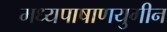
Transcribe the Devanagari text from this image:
मध्यपाषाणयुगीन